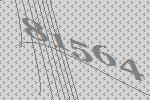
81564